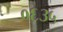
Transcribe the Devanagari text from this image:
०६३५